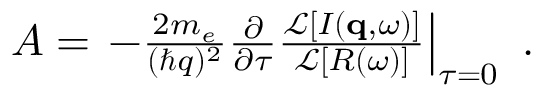
\begin{array} { r } { A = \left. - \frac { 2 m _ { e } } { ( \hbar q ) ^ { 2 } } \frac { \partial } { \partial \tau } \frac { \mathcal { L } \left[ I ( \mathbf { q } , \omega ) \right] } { \mathcal { L } \left[ R ( \omega ) \right] } \right| _ { \tau = 0 } \ . } \end{array}